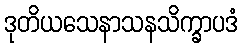
ဒုတိယသေနာသနသိက္ခာပဒံ